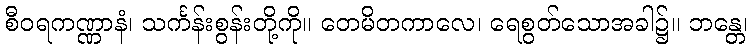
စီဝရကဏ္ဏာနံ၊ သင်္ကန်းစွန်းတို့ကို။ တေမိတကာလေ၊ ရေစွတ်သောအခါ၌။ ဘန္တေ၊